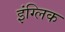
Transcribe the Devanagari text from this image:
इंग्लिक